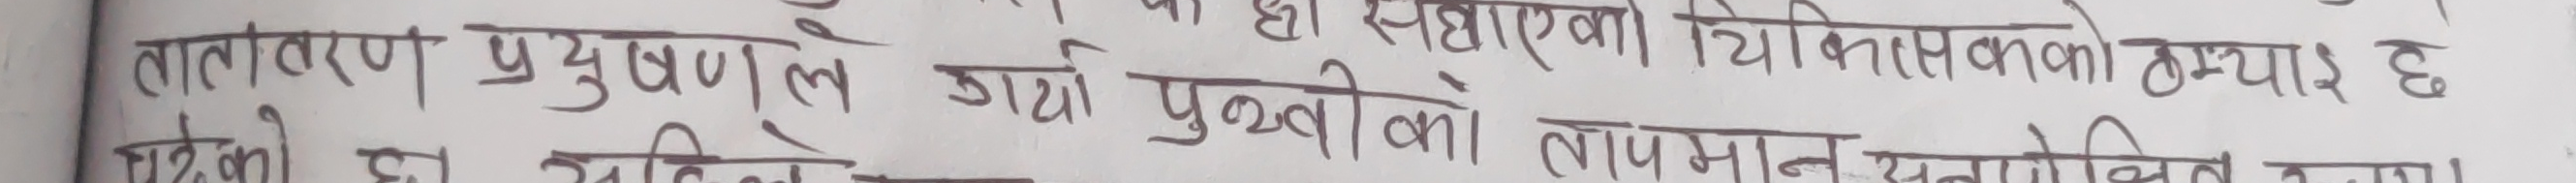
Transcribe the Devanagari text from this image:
वातावरण प्रदूषणले गर्दा पृथ्वीको ताप मान सन्तुलित बन्न।
गरेको छ। यसले गर्दा